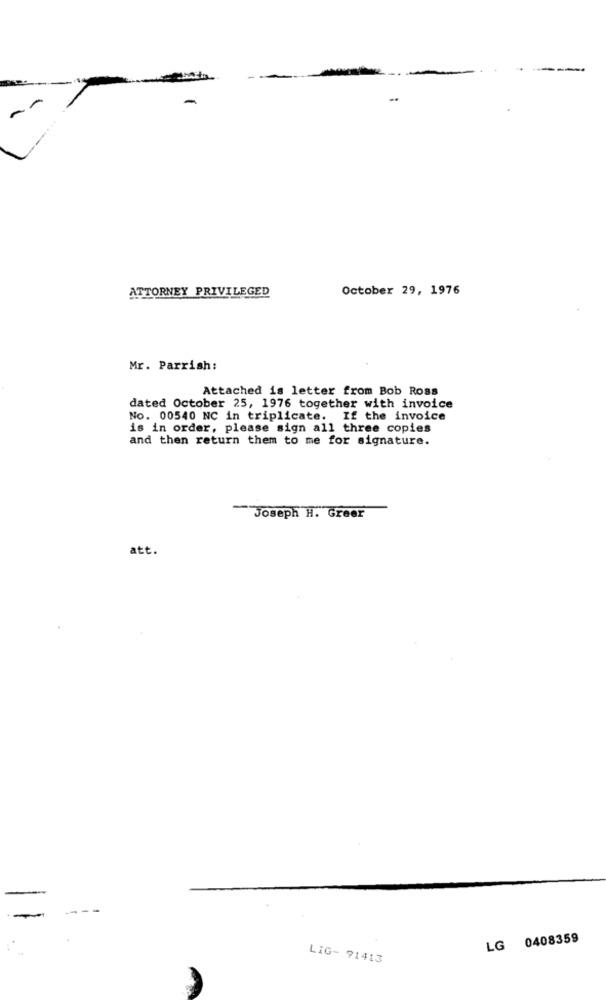
..
ATTORNEY PRIVILEGED
October 29, 1976
Mr. Parrish:
Attached is letter from Bob Ross
dated October 25, 1976 together with invoice
No. 00540 NC in triplicate. If the invoice
is in order, please sign all three copies
and then return them to me for signature.
Joseph H. Greer
att.
LG 0408359
LIG- 91413